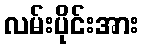
လမ်းပိုင်းအား